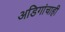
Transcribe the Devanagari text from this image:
अडिगांचाही